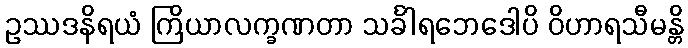
ဥဿဒနိရယံ ကြိယာလက္ခဏတာ သင်္ခါရဘေဒေါပိ ဝိဟာရသီမန္တိ